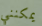
يمكنني